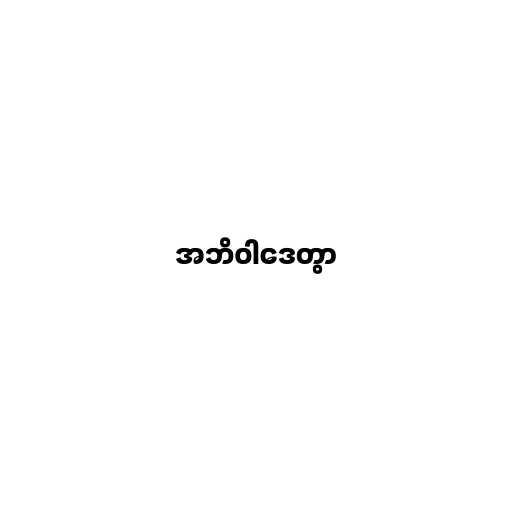
အဘိဝါဒေတွာ